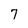
Character: 7